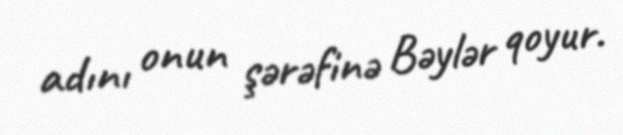
adını onun şərəfinə Bəylər qoyur.